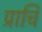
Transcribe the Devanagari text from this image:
प्राचि